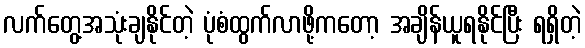
လက်တွေ့အသုံးချနိုင်တဲ့ ပုံစံထွက်လာဖို့ကတော့ အချိန်ယူရနိုင်ပြီး ရရှိတဲ့